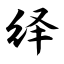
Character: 绎